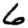
Digit: 6